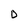
Character: 0